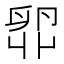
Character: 𫧼